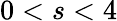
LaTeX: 0<s<4